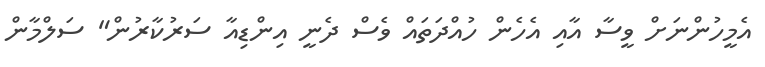
އެމީހުންނަށް ވީސާ އާއި އެހެން ހުއްދަތައް ވެސް ދެނީ އިންޑިއާ ސަރުކާރުން" ސަލްމާން